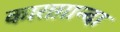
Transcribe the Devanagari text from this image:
काराग़ान्दा